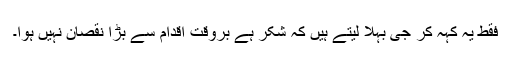
فقط یہ کہہ کر جی بہلا لیتے ہیں کہ شکر ہے بروقت اقدام سے بڑا نقصان نہیں ہوا۔